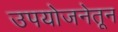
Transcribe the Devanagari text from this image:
उपयोजनेतून